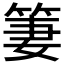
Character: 𱸀